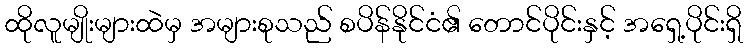
ထိုလူမျိုးများထဲမှ အများစုသည် စပိန်နိုင်ငံ၏ တောင်ပိုင်းနှင့် အရှေ့ပိုင်းရှိ